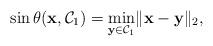
LaTeX: \begin{align*} \sin\theta(\mathbf{x},{\mathcal C}_1)=\min_{\mathbf{y}\in {\mathcal C}_1} \lVert \mathbf{x}-\mathbf{y} \rVert_2,\end{align*}